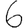
Digit: 6